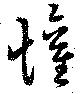
懽